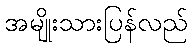
အမျိုးသားပြန်လည်